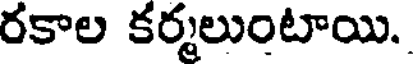
రకాల కర్మలుంటాయి.